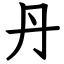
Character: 丹